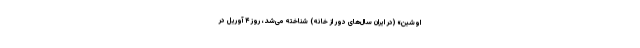
اوشین» (در ایران سال‌های دور از خانه) شناخته می‌شد، روز ۴ آوریل در